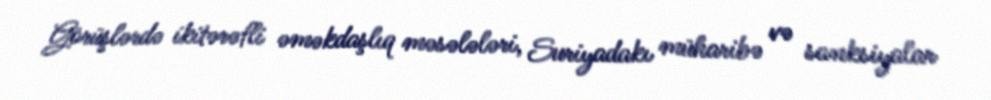
Görüşlərdə ikitərəfli əməkdaşlıq məsələləri, Suriyadakı müharibə və sanksiyalar